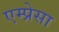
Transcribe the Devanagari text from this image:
एम्प्रेसा